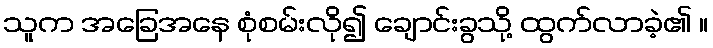
သူက အခြေအနေ စုံစမ်းလို၍ ချောင်းခွသို့ ထွက်လာခဲ့၏ ။